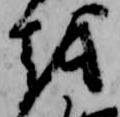
越